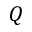
Q